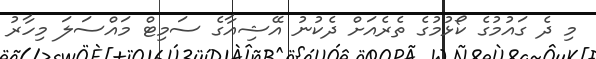
މި ދެ ގައުމުގެ ކޯޅުމުގެ ތެރެއަށް ދެކުނު އޭޝިއާގެ ސަމިޓް މައްސަލަ މިހާރު